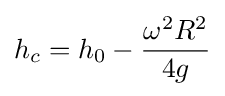
h_{c}=h_{0}-{\frac {\omega ^{2}R^{2}}{4g}}